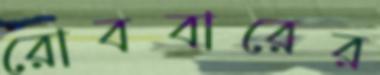
রোববারের